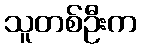
သူတစ်ဦးက